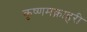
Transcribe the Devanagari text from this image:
कृष्णमक्नाहरी